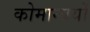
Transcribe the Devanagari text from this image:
कोमान्ययों